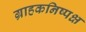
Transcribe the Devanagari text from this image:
ग्राहकनिष्पक्ष